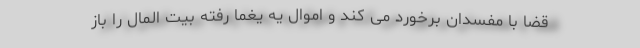
قضا با مفسدان برخورد می کند و اموال یه یغما رفته بیت المال را باز